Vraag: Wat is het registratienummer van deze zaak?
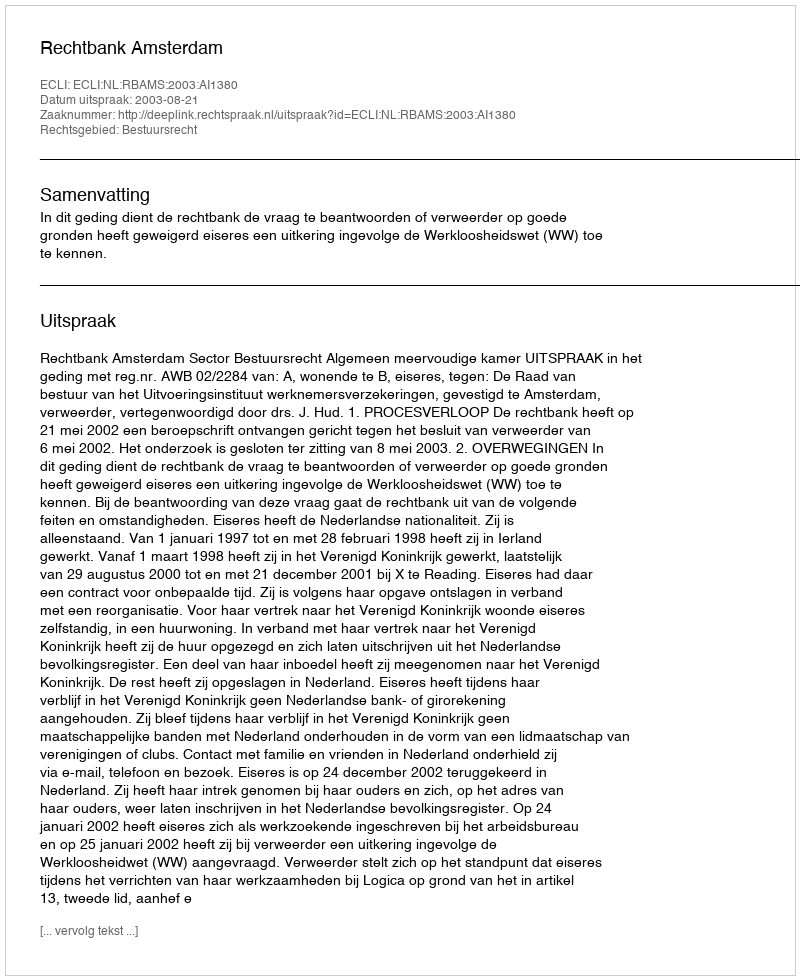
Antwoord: http://deeplink.rechtspraak.nl/uitspraak?id=ECLI:NL:RBAMS:2003:AI1380